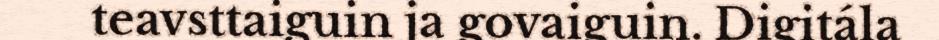
teavsttaiguin ja govaiguin. Digitála